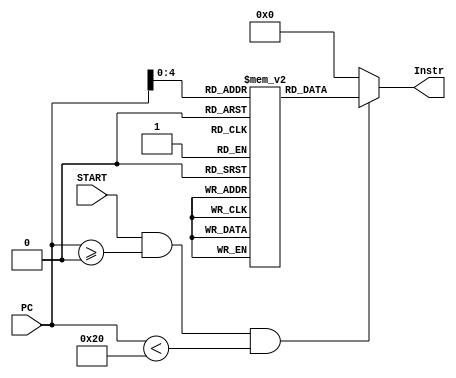
`timescale 1ns / 1ps

module IM(START, PC, Instr);

	input START;
	input [15:0] PC;
	output [25:0] Instr;
	reg [25:0] InstrMemory [0:31];
	integer i;
	
	assign Instr = (START == 1 && PC >=0 && PC < 32) ? InstrMemory[PC] : 0;

endmodule